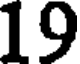
19